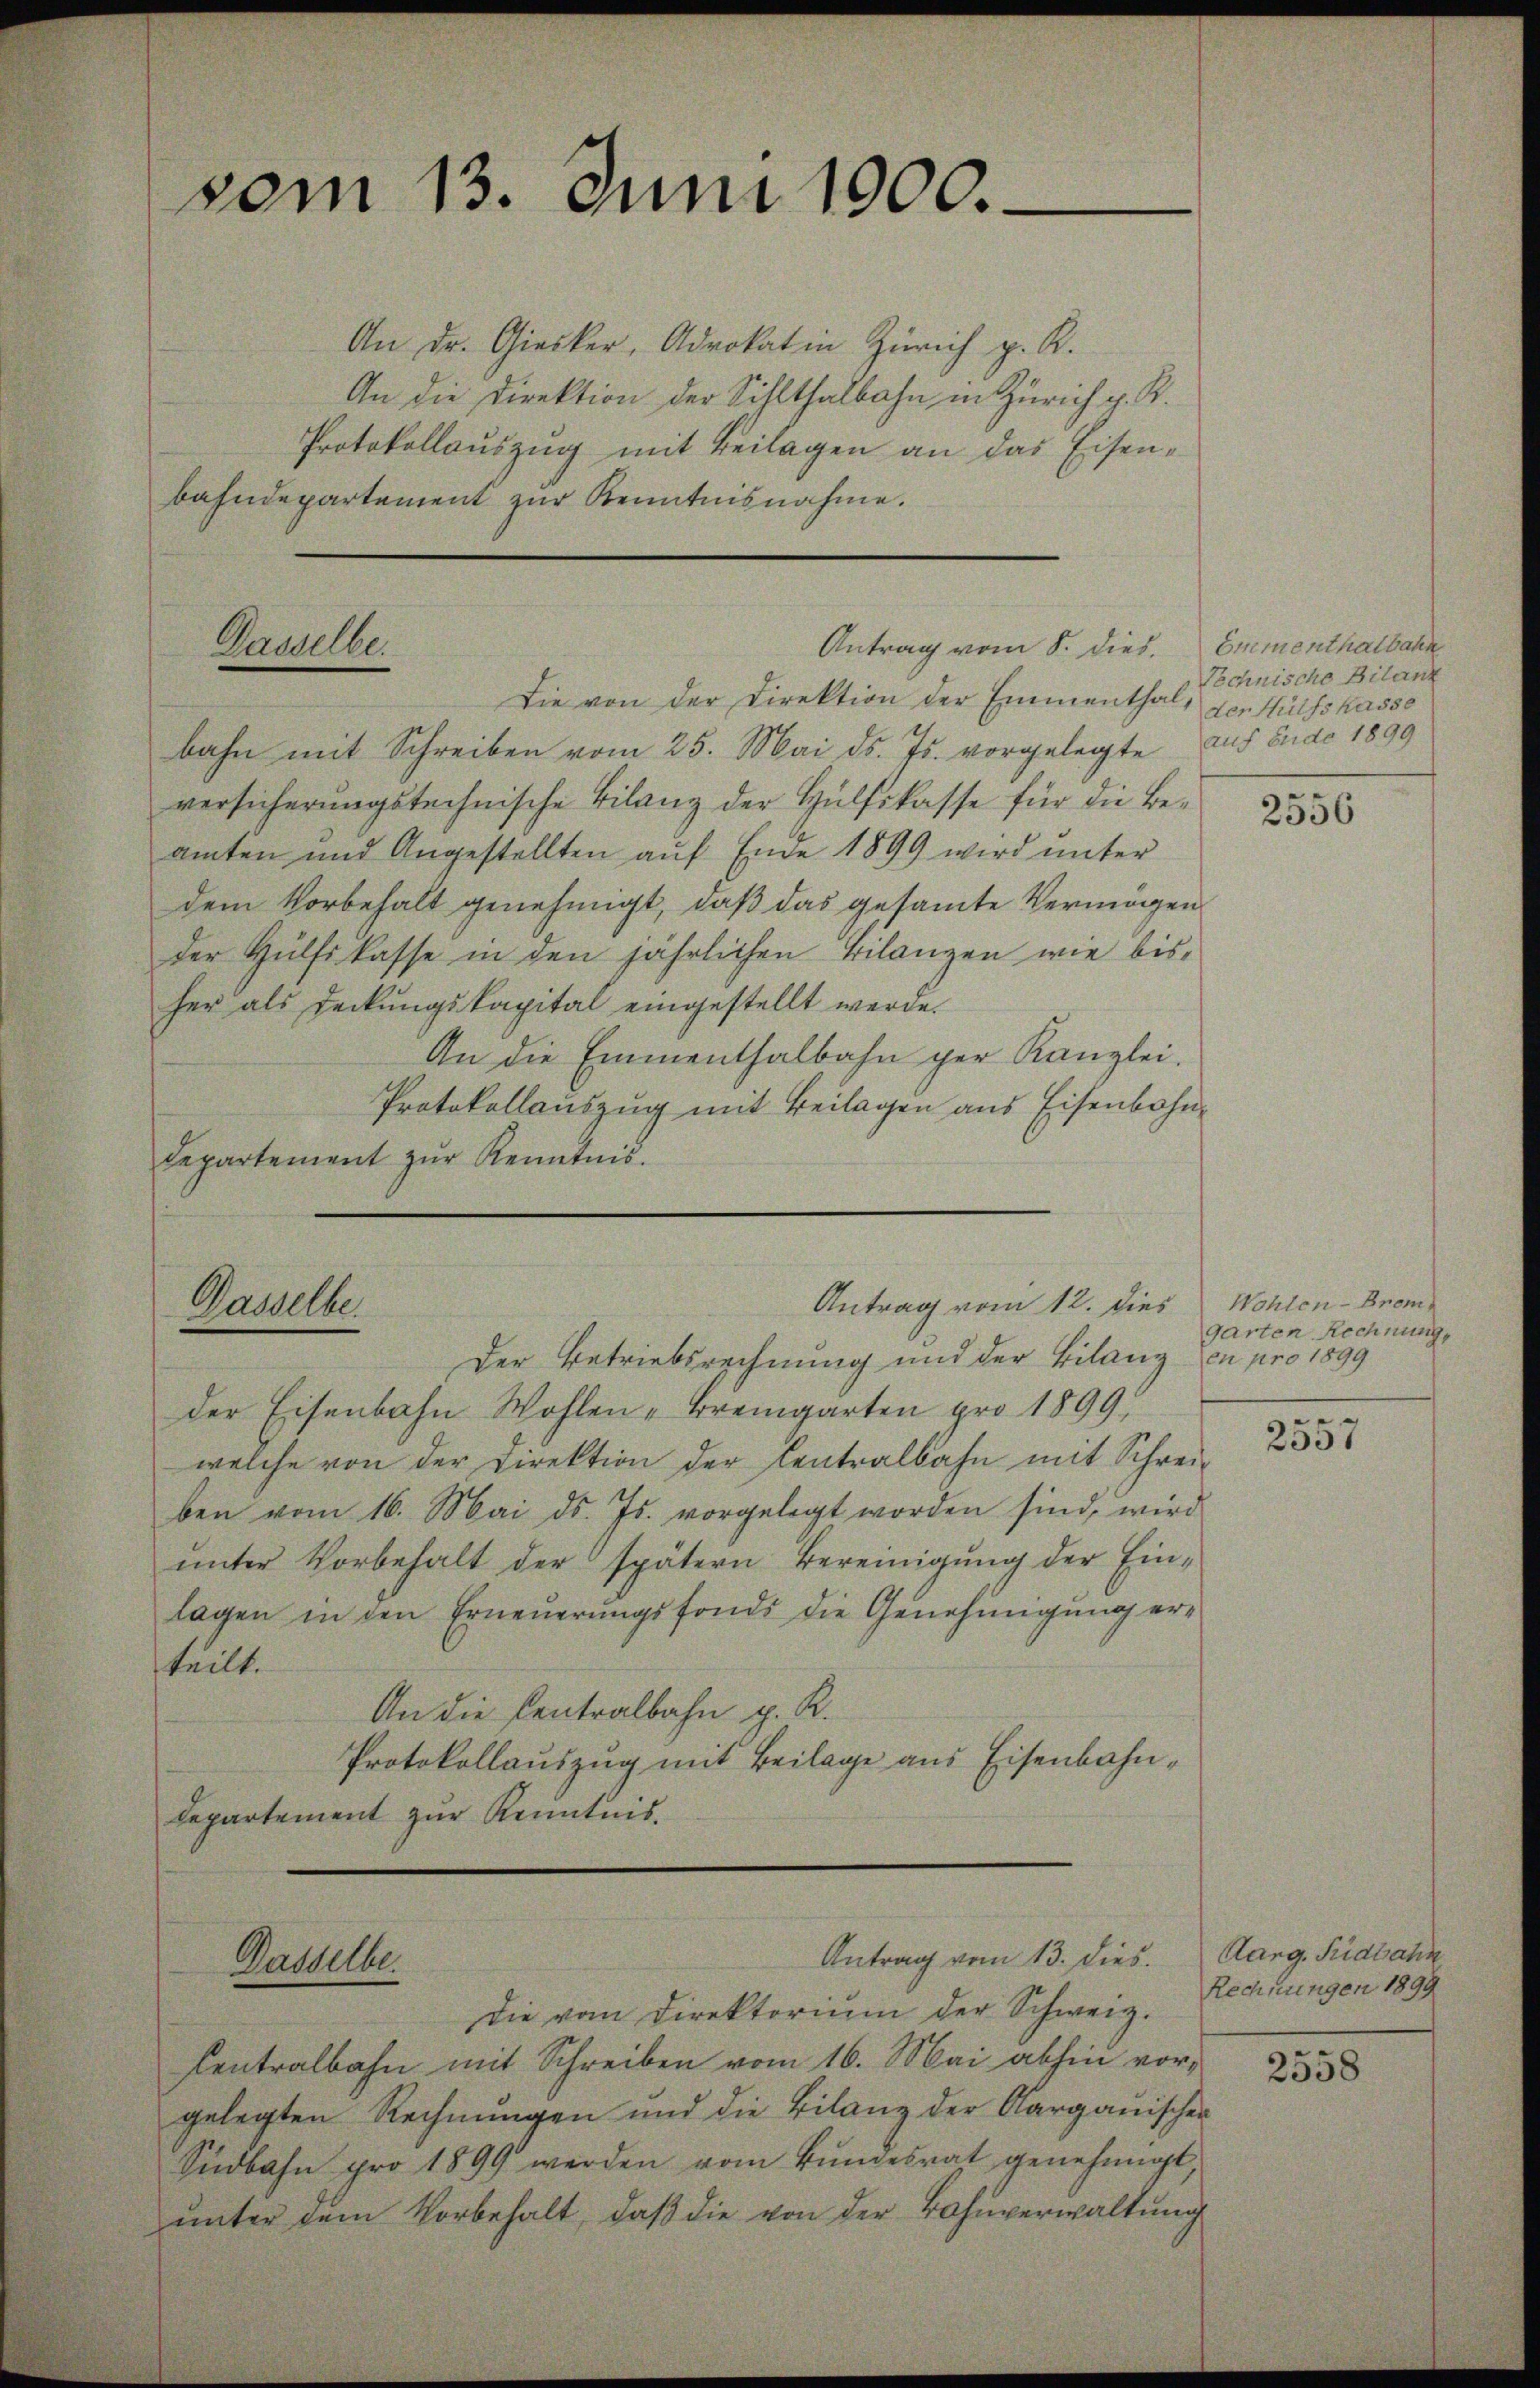
vom 13. Juni 1900.

An Dr. Gierker, Advokat in Zürich p. R.
An die Direktion der Sihlthalbahn in Zürich v. R.
Protokollauszug mit Beilagen an das Eisenbahndepartement zur Kenntnisnahme.

Dasselbe.

Ganzelne

Dasselbe.

Die von der Direktion der Emmenthal, den Hülfskasse
bahn mit Schreiben vom 25. Mai d. Js. vorgelegte aus Ende 1899
versicherungstechnische Bilanz der Hülfskasse für die Beamten und Angestellten aŭf Ende 1899 wird unter
dem Vorbehalt genehmigt, daβ das gesamte Vermögen
der Hülfskasse in den jährlichen Bilanzen wie bis-
her als Deckungskapital eingestellt werde.
An die Emmenthalbahn ger Kanzlei.
Protokollauszug mit Beilagen aus Eisenbahndepartement zŭr Kenntnis.

Antrag vom 12. dies

Der Betriebsrechnung und der Bilanz en pro 1899
der Eisenbahn Wohlen-Bremgarten pro 1899,
welche von der Direktion der Centralbahn mit Schrei-
ben vom 16. Mai d. Js. vorgelegt worden sind, wird
ŭnter Vorbehalt der spätern Bereinigŭng der Ein-
lagen in den Erneuerungsfonds die Genehmigung erteilt.
An die Centralbahn p. R.
Protokollauszug mit Beilage aus Eisenbahn¬
Departement zur Kenntnis.

Antrag vom 8. dies.

Antrag vom 13. dies. Aarg. Südbahn

Die vom Direktorium der Schweiz.
Centralbahn mit Schreiben vom 16. Mai abhin vorgelegten Rechnungen und die Bilanz der Aargauischen
Südbahn pro 1899 werden vom Bundesrat genehmigt,
unter dem Vorbehalt, daß die von der Bahnverwaltung

Emmenthalbahn
Technische Bilanz

2556

Wohlen-Brem
garten Rechnung,

2557

Rechnungen 1899

2558